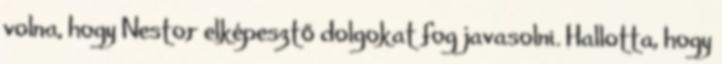
volna, hogy Nestor elképesztő dolgokat fog javasolni. Hallotta, hogy